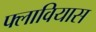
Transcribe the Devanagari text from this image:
फ्लावियास